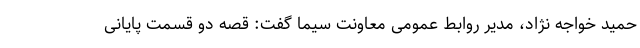
حمید خواجه نژاد، مدیر روابط عمومی معاونت سیما گفت: قصه دو قسمت پایانی